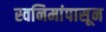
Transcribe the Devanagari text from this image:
स्वनिमांपासून